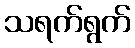
သရက်ရွက်